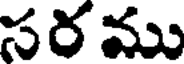
సరము